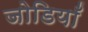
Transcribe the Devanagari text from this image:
जोडियाँ